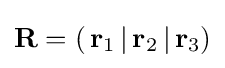
\mathbf {R} =\left(\,\mathbf {r} _{1}\,|\,\mathbf {r} _{2}\,|\,\mathbf {r} _{3}\right)